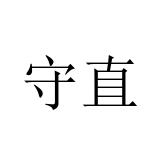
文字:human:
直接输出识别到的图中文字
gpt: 守直